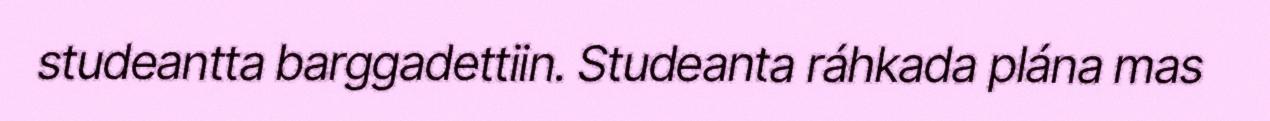
studeantta barggadettiin. Studeanta ráhkada plána mas